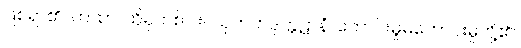
ဖြစ်ရာ၏။ တထာ၊ ထိုမှတစ်ပါး။ သုကတဒုက္ကဋာနံ၊ ကောင်းမှုမကောင်းမှုတို့၏။